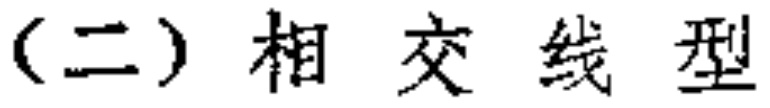
（二）相交线型